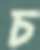
চ